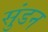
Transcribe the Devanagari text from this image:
सुंडन